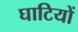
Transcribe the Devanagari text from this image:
घाटियों